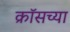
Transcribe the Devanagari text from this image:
क्रॉसच्या